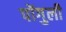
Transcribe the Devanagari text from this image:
पोंगुली